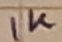
Text: 1K